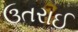
ઉતરાઈ